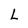
Character: L